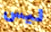
ليس